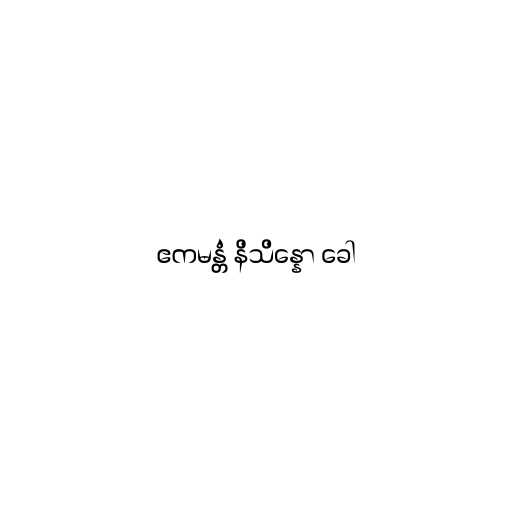
ဧကမန္တံ နိသိန္နော ခေါ